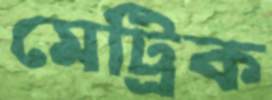
মেট্রিক